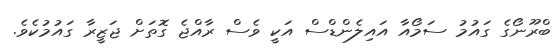
ބްރޫނޯގެ ގައުމު ސަމޯއާ އައިލެންޑްސް އަކީ ވެސް ރާއްޖެ ގޮތަށް ޖަޒީރާ ގައުމުކެވެ.